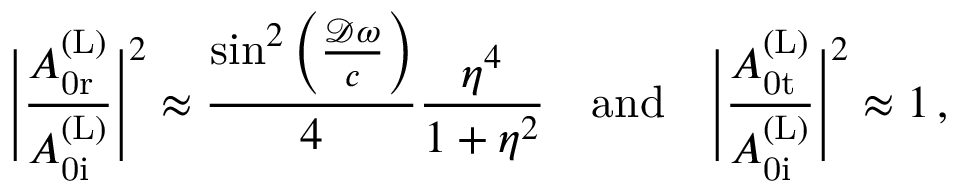
\Bigg | \frac { A _ { \mathrm { 0 r } } ^ { \mathrm { ( L ) } } } { A _ { \mathrm { 0 i } } ^ { \mathrm { ( L ) } } } \Bigg | ^ { 2 } \approx \frac { \sin ^ { 2 } \left( \frac { \mathcal { D } \omega } { c } \right) } { 4 } \frac { \eta ^ { 4 } } { 1 + \eta ^ { 2 } } \quad \mathrm { a n d } \quad \Bigg | \frac { A _ { \mathrm { 0 t } } ^ { \mathrm { ( L ) } } } { A _ { \mathrm { 0 i } } ^ { \mathrm { ( L ) } } } \Bigg | ^ { 2 } \approx 1 \, ,